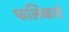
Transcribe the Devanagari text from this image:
फलिकाएं